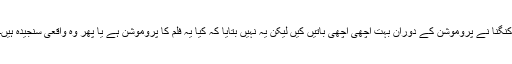
کنگنا نے پروموشن کے دوران بہت اچھی اچھی باتیں کیں لیکن یہ نہیں بتایا کہ کیا یہ فلم کا پروموشن ہے یا پھر وہ واقعی سنجیدہ ہیں۔